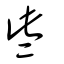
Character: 些